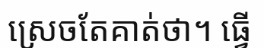
ស្រេចតែគាត់ថា។ ធ្វើ